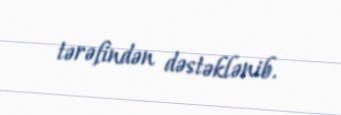
tərəfindən dəstəklənib.